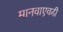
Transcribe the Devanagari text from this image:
मानवाएवढी